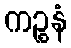
ကဉ္စနံ